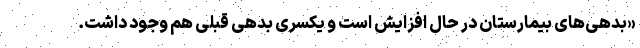
«بدهی‌های بیمارستان در حال افزایش است و یکسری بدهی قبلی هم وجود داشت.